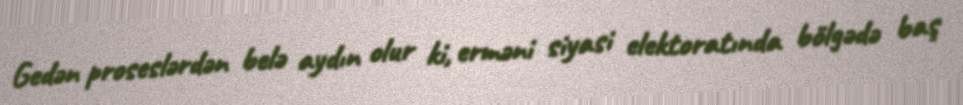
Gedən proseslərdən belə aydın olur ki, erməni siyasi elektoratında bölgədə baş